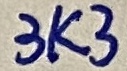
Text: 3K3